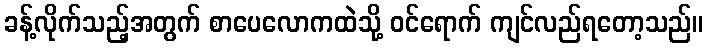
ခန့်လိုက်သည့်အတွက် စာပေလောကထဲသို့ ဝင်ရောက် ကျင်လည်ရတော့သည်။